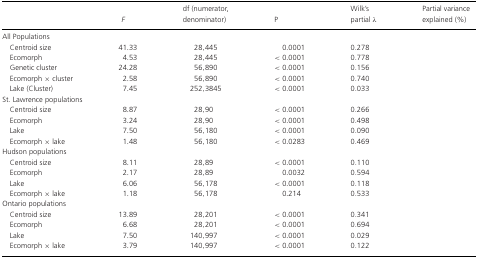
<table><thead><tr><td>[EMPTY_CELL]</td><td><b>F</b></td><td><b>df (numerator, denominator)</b></td><td><b>P</b></td><td><b>Wilk's partial λ</b></td><td><b>Partial variance explained (%)</b></td></tr></thead><tbody><tr><td>All Populations</td><td>[EMPTY_CELL]</td><td>[EMPTY_CELL]</td><td>[EMPTY_CELL]</td><td>[EMPTY_CELL]</td><td>[EMPTY_CELL]</td></tr><tr><td> Centroid size</td><td>41.33</td><td> 28,445</td><td> 0.0001</td><td>0.278</td><td>[EMPTY_CELL]</td></tr><tr><td> Ecomorph</td><td> 4.53</td><td> 28,445</td><td>&lt; 0.0001</td><td>0.778</td><td>[EMPTY_CELL]</td></tr><tr><td> Genetic cluster</td><td>24.28</td><td> 56,890</td><td>&lt; 0.0001</td><td>0.156</td><td>[EMPTY_CELL]</td></tr><tr><td> Ecomorph × cluster</td><td> 2.58</td><td> 56,890</td><td>&lt; 0.0001</td><td>0.740</td><td>[EMPTY_CELL]</td></tr><tr><td> Lake (Cluster)</td><td> 7.45</td><td>252,3845</td><td>&lt; 0.0001</td><td>0.033</td><td>[EMPTY_CELL]</td></tr><tr><td colspan="6">St. Lawrence populations</td></tr><tr><td> Centroid size</td><td> 8.87</td><td> 28,90</td><td>&lt; 0.0001</td><td>0.266</td><td>[EMPTY_CELL]</td></tr><tr><td> Ecomorph</td><td> 3.24</td><td> 28,90</td><td>&lt; 0.0001</td><td>0.498</td><td>[EMPTY_CELL]</td></tr><tr><td> Lake</td><td> 7.50</td><td> 56,180</td><td>&lt; 0.0001</td><td>0.090</td><td>[EMPTY_CELL]</td></tr><tr><td> Ecomorph × lake</td><td> 1.48</td><td> 56,180</td><td>&lt; 0.0283</td><td>0.469</td><td>[EMPTY_CELL]</td></tr><tr><td colspan="6">Hudson populations</td></tr><tr><td> Centroid size</td><td> 8.11</td><td> 28,89</td><td>&lt; 0.0001</td><td>0.110</td><td>[EMPTY_CELL]</td></tr><tr><td> Ecomorph</td><td> 2.17</td><td> 28,89</td><td> 0.0032</td><td>0.594</td><td>[EMPTY_CELL]</td></tr><tr><td> Lake</td><td> 6.06</td><td> 56,178</td><td>&lt; 0.0001</td><td>0.118</td><td>[EMPTY_CELL]</td></tr><tr><td> Ecomorph × lake</td><td> 1.18</td><td> 56,178</td><td>0.214</td><td>0.533</td><td>[EMPTY_CELL]</td></tr><tr><td colspan="6">Ontario populations</td></tr><tr><td> Centroid size</td><td>13.89</td><td> 28,201</td><td>&lt; 0.0001</td><td>0.341</td><td>[EMPTY_CELL]</td></tr><tr><td> Ecomorph</td><td> 6.68</td><td> 28,201</td><td>&lt; 0.0001</td><td>0.694</td><td>[EMPTY_CELL]</td></tr><tr><td> Lake</td><td> 7.50</td><td> 140,997</td><td>&lt; 0.0001</td><td>0.029</td><td>[EMPTY_CELL]</td></tr><tr><td> Ecomorph × lake</td><td> 3.79</td><td> 140,997</td><td>&lt; 0.0001</td><td>0.122</td><td>[EMPTY_CELL]</td></tr></tbody></table>